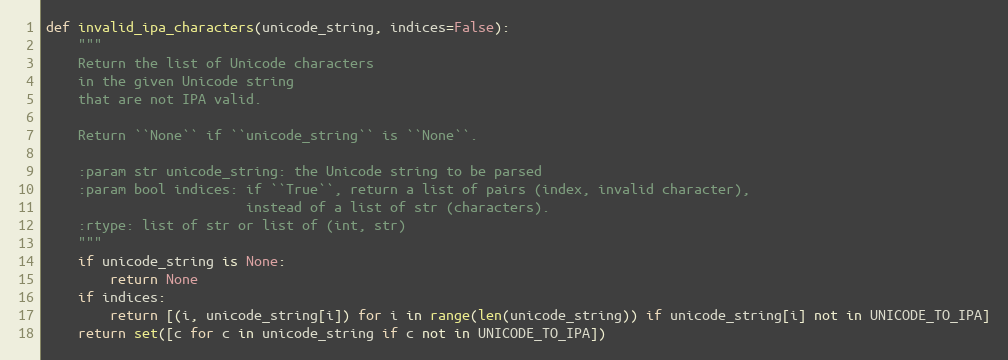
Language: Python
def invalid_ipa_characters(unicode_string, indices=False):
    """
    Return the list of Unicode characters
    in the given Unicode string
    that are not IPA valid.

    Return ``None`` if ``unicode_string`` is ``None``.

    :param str unicode_string: the Unicode string to be parsed
    :param bool indices: if ``True``, return a list of pairs (index, invalid character),
                         instead of a list of str (characters).
    :rtype: list of str or list of (int, str)
    """
    if unicode_string is None:
        return None
    if indices:
        return [(i, unicode_string[i]) for i in range(len(unicode_string)) if unicode_string[i] not in UNICODE_TO_IPA]
    return set([c for c in unicode_string if c not in UNICODE_TO_IPA])